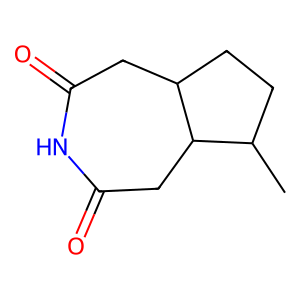
SMILES: CC1CCC2CC(=O)NC(=O)CC12
Inhibits HIV replication: No